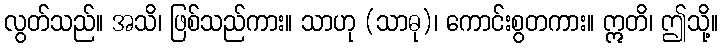
လွတ်သည်။ အသိ၊ ဖြစ်သည်ကား။ သာဟု (သာဓု)၊ ကောင်းစွတကား။ ဣတိ၊ ဤသို့။